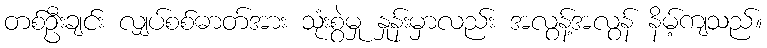
တစ်ဦးချင်း လျှပ်စစ်ဓာတ်အား သုံးစွဲမှု နှုန်းမှာလည်း အလွန့်အလွန် နိမ့်ကျသည်။